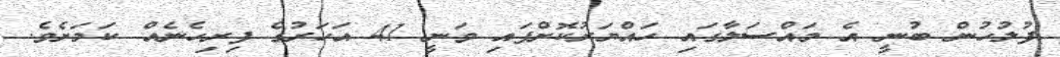
ފުލުހުން ބުނީ އެ މައްސަލާގައި ހައްޔަރުކޮށްފައި ވަނީ 41 އަހަރުގެ ފިރިހެނެއް ކަމަށެވެ.